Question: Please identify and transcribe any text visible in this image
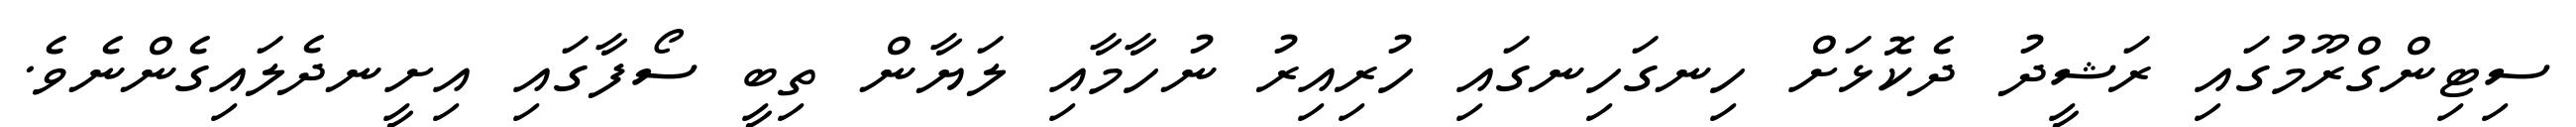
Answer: ސިޓިންގްރޫމުގައި ރަޝީދު ދެކޮޅަށް ހިނގަހިނގައި ހުރިއިރު ނުހާމާއި ލަޔާން ތިބީ ސޯފާގައި އިށީނދެލައިގެންނެވެ.